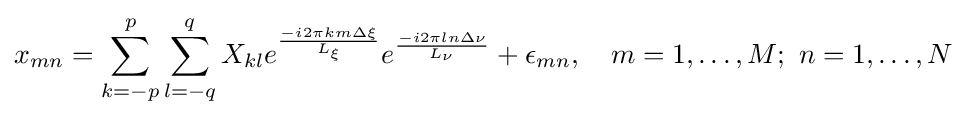
x_{mn}=\sum _{k=-p}^{p}\sum _{l=-q}^{q}X_{kl}e^{\frac {-i2\pi km\Delta \xi }{L_{\xi }}}e^{\frac {-i2\pi ln\Delta \nu }{L_{\nu }}}+\epsilon _{mn},\quad m=1,\dots ,M;\ n=1,\dots ,N